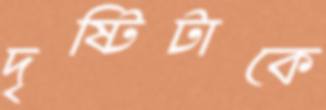
দৃষ্টিটাকে